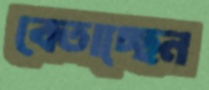
বেতাচ্ছেন